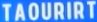
TAOURIRT